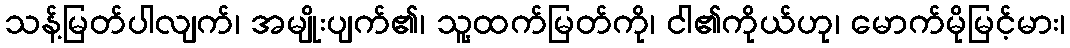
သန့်မြတ်ပါလျက်၊ အမျိုးပျက်၏၊ သူ့ထက်မြတ်ကို၊ ငါ၏ကိုယ်ဟု၊ မောက်မိုမြင့်မား၊